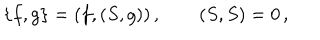
\{ f , g \} = ( f , ( S , g ) ) \, , \qquad ( S , S ) = 0 \, ,